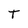
Character: T